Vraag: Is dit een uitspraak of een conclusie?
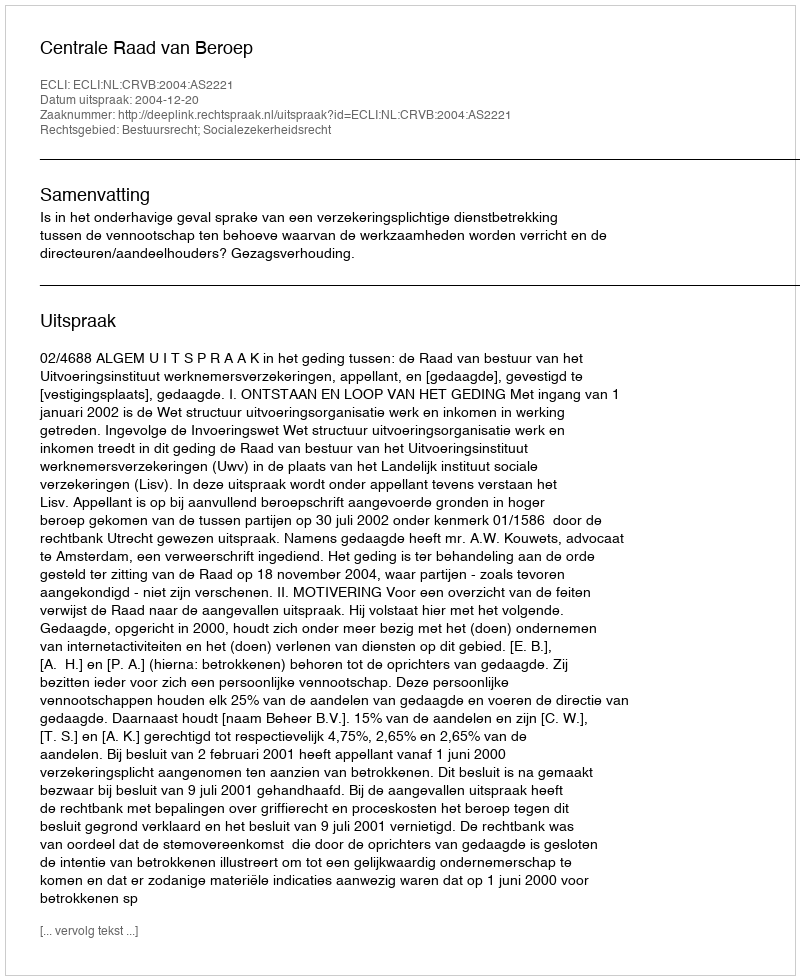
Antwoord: Uitspraak